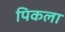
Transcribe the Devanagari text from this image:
पिकला